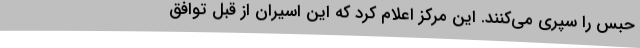
حبس را سپری می‌کنند. این مرکز اعلام کرد که این اسیران از قبل توافق